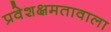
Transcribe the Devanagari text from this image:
प्रवेशक्षमतावाला